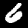
Digit: 6